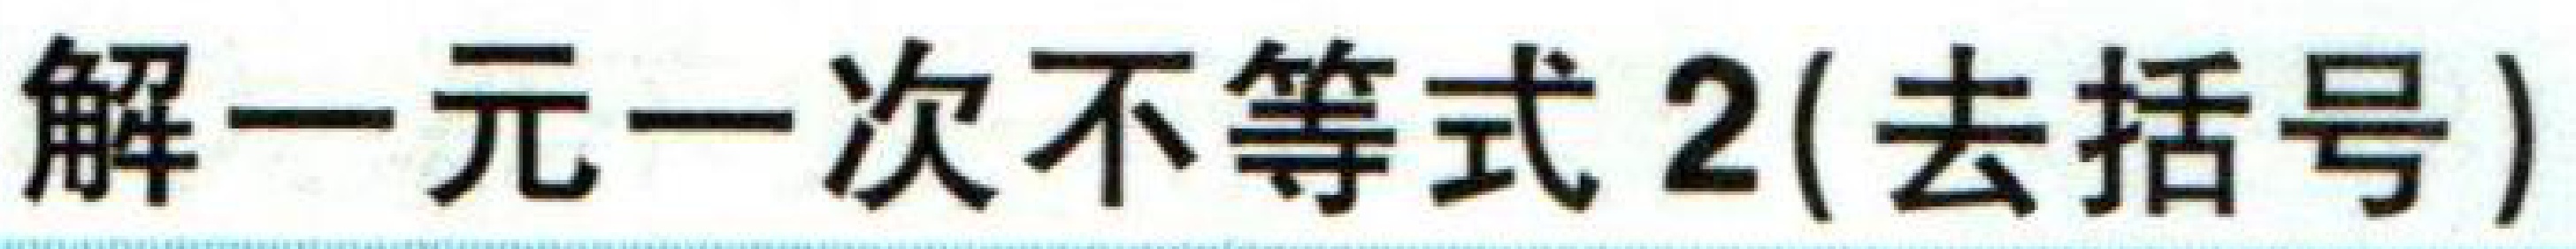
解一元一次不等式2(去括号)